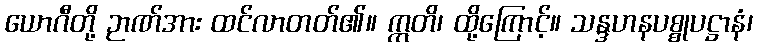
ယောဂီတို့ ဉာဏ်အား ထင်လာတတ်၏။ ဣတိ၊ ထို့ကြောင့်။ သန္ဒဟနပစ္စုပဋ္ဌာနံ၊